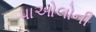
પાઓલોની